画像に写った文字を読んでください
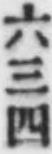
「六三四」と書いてあります